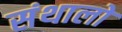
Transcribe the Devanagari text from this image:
संथालो